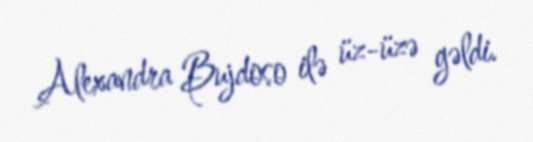
Alexandra Bujdoso ilə üz-üzə gəldi.